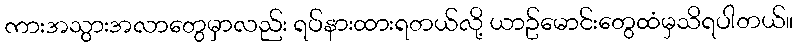
ကားအသွားအလာတွေမှာလည်း ရပ်နားထားရတယ်လို့ ယာဥ်မောင်းတွေထံမှသိရပါတယ်။